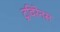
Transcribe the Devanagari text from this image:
ट्रविरेनस